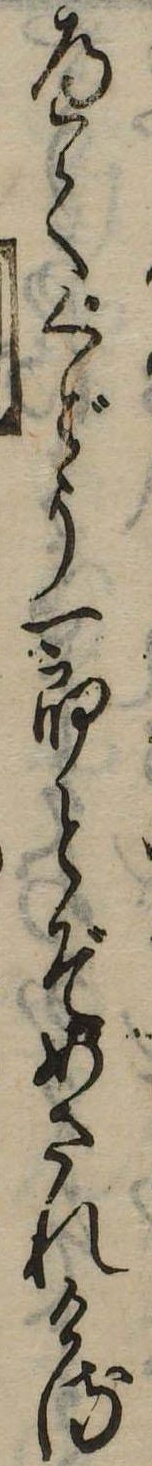
へてくどう一郎とぞめされける